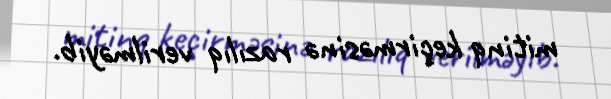
mitinq keçirməsinə razılıq verilməyib.